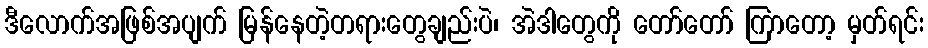
ဒီလောက်အဖြစ်အပျက် မြန်နေတဲ့တရားတွေချည်းပဲ၊ အဲဒါတွေကို တော်တော် ကြာတော့ မှတ်ရင်း